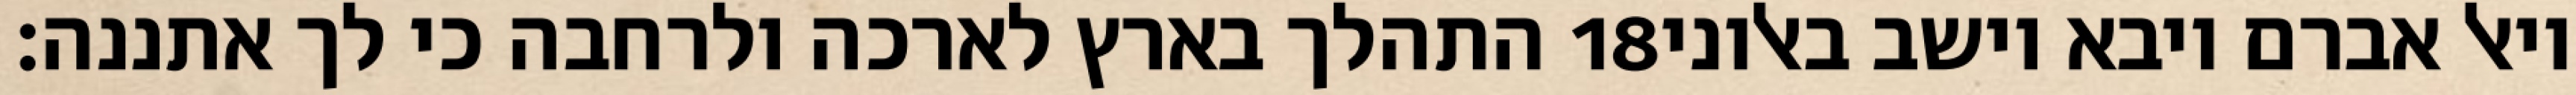
התהלך בארץ לארכה ולרחבה כי לך אתננה׃ ‎18‏ ויאל אברם ויבא וישב באלוני